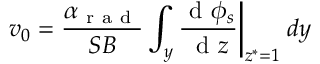
v _ { 0 } = \frac { \alpha _ { \mathrm { ~ r ~ a ~ d ~ } } } { S B } \int _ { y } \frac { \mathrm { ~ d ~ } \phi _ { s } } { \mathrm { ~ d ~ } z } \bigg | _ { z ^ { * } = 1 } \: d y